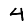
Digit: 4